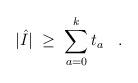
LaTeX: \begin{align*}|\hat{I}| \;\geq\; \sum_{a=0}^k t_a \;\;\; . \end{align*}